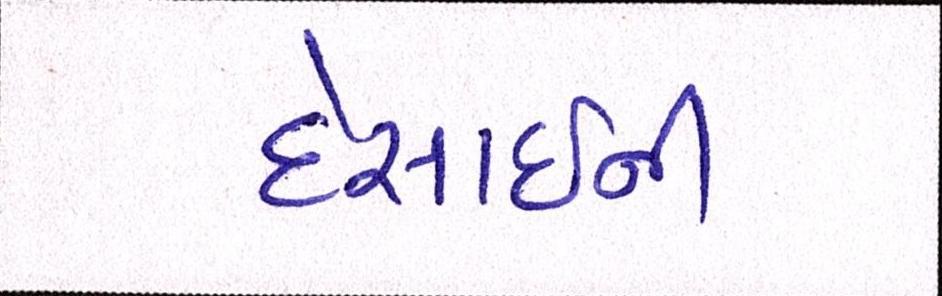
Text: દેસાઇની